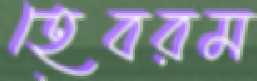
হেবরম